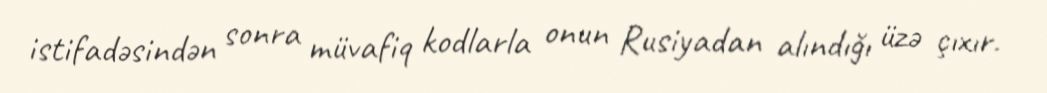
istifadəsindən sonra müvafiq kodlarla onun Rusiyadan alındığı üzə çıxır.